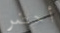
أحضر